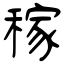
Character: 稼